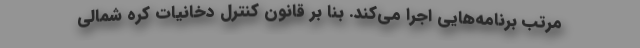
مرتب برنامه‌هایی اجرا می‌کند. بنا بر قانون کنترل دخانیاتِ کره شمالی